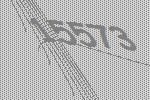
15573